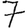
Digit: 7